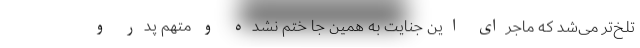
تلخ‌تر می‌شد که ماجرای این جنایت به همین جا ختم نشده و متهم پدر و